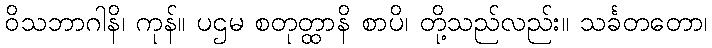
ဝိသဘာဂါနိ၊ ကုန်။ ပဌမ စတုတ္ထာနိ စာပိ၊ တို့သည်လည်း။ သင်္ခတတော၊